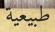
طبيعية